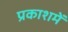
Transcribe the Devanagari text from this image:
प्रकाशमें